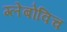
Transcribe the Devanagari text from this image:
ग्लेबोविच